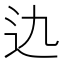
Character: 𨑍